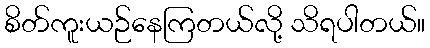
စိတ်ကူးယဉ်နေကြတယ်လို့ သိရပါတယ်။